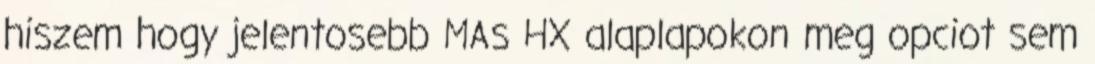
hiszem hogy jelentosebb MAs HX alaplapokon meg opciot sem